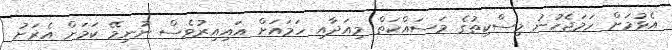
އެޅުމަށް ހަމަޖެހުނު މިސްކިތުގެ މަސައްކަތް މިއަދާއި ހަމައަށް އައިއިރުވެސް ނުނިމޭ ކަމަށް އެރަށު